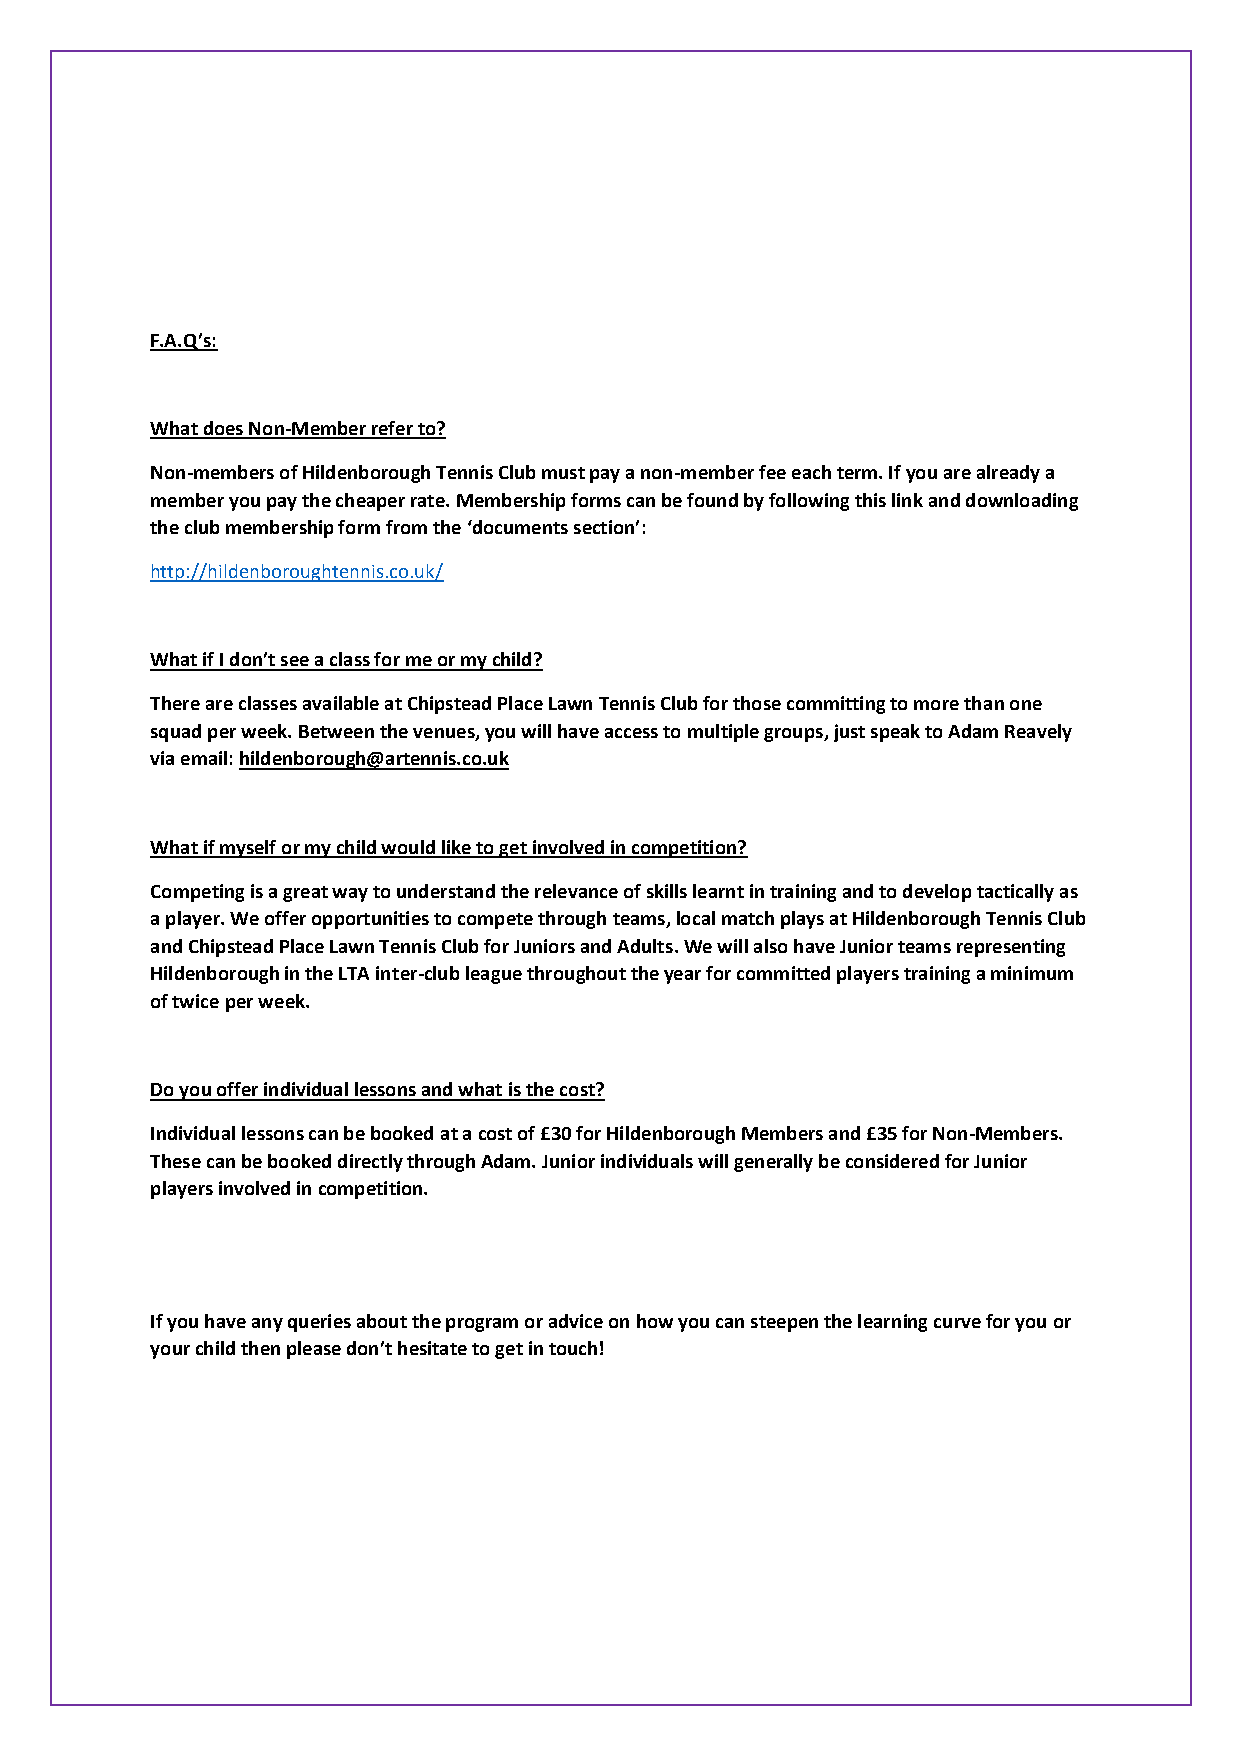
F.A.Q’s:
 What does Non-Member refer to?
 Non-members of Hildenborough Tennis Club must pay a non-member fee each term. If you are already a
 member you pay the cheaper rate. Membership forms can be found by following this link and downloading
 the club membership form from the ‘documents section’:
 http://hildenboroughtennis.co.uk/
 What if I don’t see a class for me or my child?
 There are classes available at Chipstead Place Lawn Tennis Club for those committing to more than one
 squad per week. Between the venues, you will have access to multiple groups, just speak to Adam Reavely
 via email: hildenborough@artennis.co.uk
 What if myself or my child would like to get involved in competition?
 Competing is a great way to understand the relevance of skills learnt in training and to develop tactically as
 a player. We offer opportunities to compete through teams, local match plays at Hildenborough Tennis Club
 and Chipstead Place Lawn Tennis Club for Juniors and Adults. We will also have Junior teams representing
 Hildenborough in the LTA inter-club league throughout the year for committed players training a minimum
 of twice per week.
 Do you offer individual lessons and what is the cost?
 Individual lessons can be booked at a cost of £30 for Hildenborough Members and £35 for Non-Members.
 These can be booked directly through Adam. Junior individuals will generally be considered for Junior
 players involved in competition.
 If you have any queries about the program or advice on how you can steepen the learning curve for you or
 your child then please don’t hesitate to get in touch!